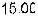
15.00